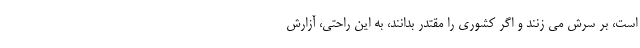
است، بر سرش می زنند و اگر کشوری را مقتدر بدانند، به این راحتی، آزارش